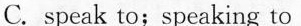
C. speak to;speaking to